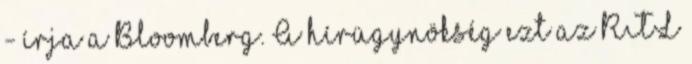
- írja a Bloomberg. A hírügynökség ezt az RTL